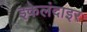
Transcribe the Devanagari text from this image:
इकेलंदाइर